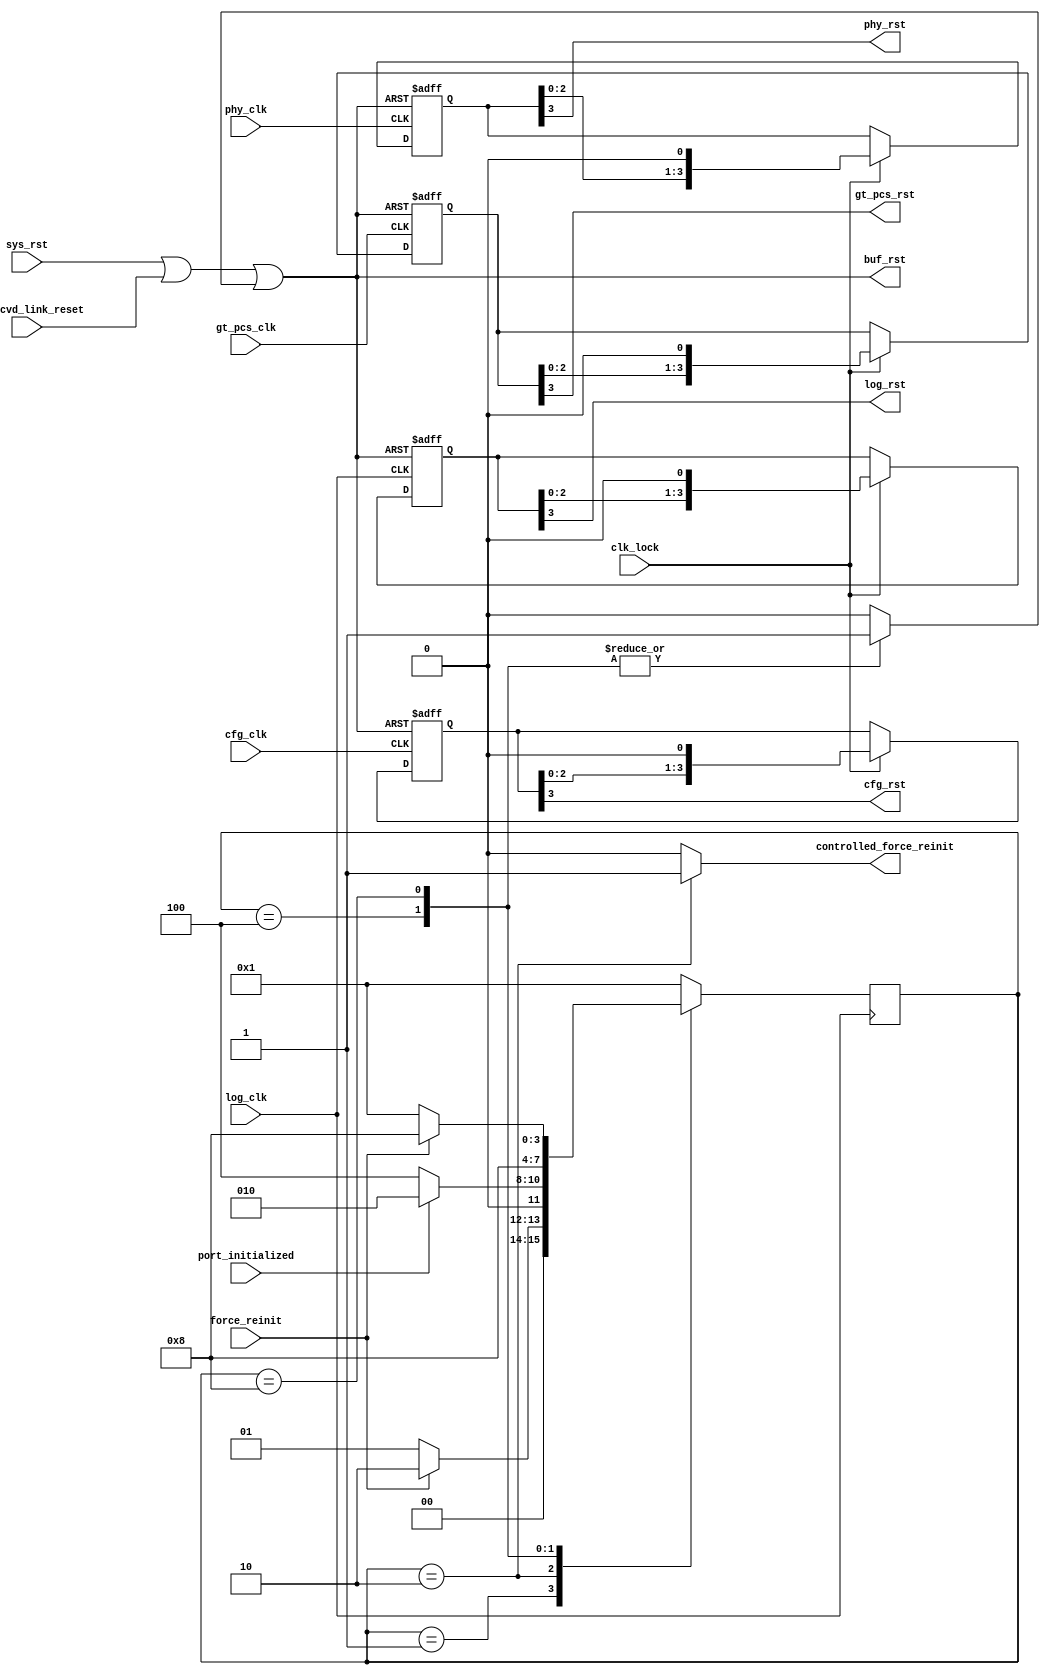
//
// (c) Copyright 2010 - 2014 Xilinx, Inc. All rights reserved.
//
//                                                                 
// This file contains confidential and proprietary information
// of Xilinx, Inc. and is protected under U.S. and
// international copyright and other intellectual property
// laws.
// 
// DISCLAIMER
// This disclaimer is not a license and does not grant any
// rights to the materials distributed herewith. Except as
// otherwise provided in a valid license issued to you by
// Xilinx, and to the maximum extent permitted by applicable
// law: (1) THESE MATERIALS ARE MADE AVAILABLE "AS IS" AND
// WITH ALL FAULTS, AND XILINX HEREBY DISCLAIMS ALL WARRANTIES
// AND CONDITIONS, EXPRESS, IMPLIED, OR STATUTORY, INCLUDING
// BUT NOT LIMITED TO WARRANTIES OF MERCHANTABILITY, NON-
// INFRINGEMENT, OR FITNESS FOR ANY PARTICULAR PURPOSE; and
// (2) Xilinx shall not be liable (whether in contract or tort,
// including negligence, or under any other theory of
// liability) for any loss or damage of any kind or nature
// related to, arising under or in connection with these
// materials, including for any direct, or any indirect,
// special, incidental, or consequential loss or damage
// (including loss of data, profits, goodwill, or any type of
// loss or damage suffered as a result of any action brought
// by a third party) even if such damage or loss was
// reasonably foreseeable or Xilinx had been advised of the
// possibility of the same.
// 
// CRITICAL APPLICATIONS
// Xilinx products are not designed or intended to be fail-
// safe, or for use in any application requiring fail-safe
// performance, such as life-support or safety devices or
// systems, Class III medical devices, nuclear facilities,
// applications related to the deployment of airbags, or any
// other applications that could lead to death, personal
// injury, or severe property or environmental damage
// (individually and collectively, "Critical
// Applications"). Customer assumes the sole risk and
// liability of any use of Xilinx products in Critical
// Applications, subject only to applicable laws and
// regulations governing limitations on product liability.
// 
// THIS COPYRIGHT NOTICE AND DISCLAIMER MUST BE RETAINED AS
// 	PART OF THIS FILE AT ALL TIMES.                                
`timescale 1ps/1ps

module srio_gen2_0_srio_rst
   (
    input            cfg_clk,                 // CFG interface clock
    input            log_clk,                 // LOG interface clock
    input            phy_clk,                 // PHY interface clock
    input            gt_pcs_clk,              // GT Fabric interface clock

    input            sys_rst,                 // Global reset signal
    input            port_initialized,        // Port is intialized
    input            phy_rcvd_link_reset,     // Received 4 consecutive reset symbols
    input            force_reinit,            // Force reinitialization
    input            clk_lock,                // Indicates the MMCM has achieved a stable clock

    output reg       controlled_force_reinit, // Force reinitialization

    output           cfg_rst,                 // CFG dedicated reset
    output           log_rst,                 // LOG dedicated reset
    output           buf_rst,                 // BUF dedicated reset
    output           phy_rst,                 // PHY dedicated reset
    output           gt_pcs_rst               // GT dedicated reset
   );


  // {{{ Parameter declarations -----------
  // Reset State Machine
  localparam  IDLE       = 4'b0001;
  localparam  LINKRESET  = 4'b0010;
  localparam  PHY_RESET1 = 4'b0100;
  localparam  PHY_RESET2 = 4'b1000;

  // }}} End Parameter declarations -------
  
  wire sys_rst_buffered;


  // {{{ wire declarations ----------------
  reg   [0:3]   reset_state      = IDLE;
  reg   [0:3]   reset_next_state = IDLE;

 (* ASYNC_REG = "TRUE" *)
  reg  [3:0]        cfg_rst_srl;
 (* ASYNC_REG = "TRUE" *)
  reg  [3:0]        log_rst_srl;
 (* ASYNC_REG = "TRUE" *)
  reg  [3:0]        phy_rst_srl;
 (* ASYNC_REG = "TRUE" *)
  reg  [3:0]        gt_pcs_rst_srl;

  reg               sys_rst_int;
  wire              reset_condition = sys_rst || phy_rcvd_link_reset || sys_rst_int;

  // }}} End wire declarations ------------



  assign cfg_rst = cfg_rst_srl[3];
  always @(posedge cfg_clk or posedge reset_condition) begin
    if (reset_condition) begin
      cfg_rst_srl <= 4'b1111;
    end else if (clk_lock) begin
      cfg_rst_srl <= {cfg_rst_srl[2:0], 1'b0};
    end
  end


  assign log_rst = log_rst_srl[3];
  always @(posedge log_clk or posedge reset_condition) begin
    if (reset_condition) begin
      log_rst_srl <= 4'b1111;
    end else if (clk_lock) begin
      log_rst_srl <= {log_rst_srl[2:0], 1'b0};
    end
  end


  // The Buffer actively manages the reset due to the
  // nature of the domain crossing being done in the buffer.
  assign buf_rst = reset_condition;


  assign phy_rst = phy_rst_srl[3];
  always @(posedge phy_clk or posedge reset_condition) begin
    if (reset_condition) begin
      phy_rst_srl <= 4'b1111;
    end else if (clk_lock) begin
      phy_rst_srl <= {phy_rst_srl[2:0], 1'b0};
    end
  end


  assign gt_pcs_rst = gt_pcs_rst_srl[3];
  always @(posedge gt_pcs_clk or posedge reset_condition) begin
    if (reset_condition) begin
      gt_pcs_rst_srl <= 4'b1111;
    end else if (clk_lock) begin
      gt_pcs_rst_srl <= {gt_pcs_rst_srl[2:0], 1'b0};
    end
  end



  // This controller is used to properly send link reset requests that were
  // made by the user.
  always@(posedge log_clk) begin
    reset_state <= reset_next_state;
  end


  always @* begin
    casex (reset_state)

      IDLE: begin
        // Current State Outputs
        sys_rst_int             = 1'b0;
        controlled_force_reinit = 1'b0;
        // Next State Outputs
        if (force_reinit)
          reset_next_state = LINKRESET;
        else
          reset_next_state = IDLE;
      end

      LINKRESET: begin
        // Current State Outputs
        sys_rst_int             = 1'b0;
        controlled_force_reinit = 1'b1;
        // Next State Outputs
        if (~port_initialized)
          reset_next_state = PHY_RESET1;
        else
          reset_next_state = LINKRESET;
      end

      PHY_RESET1: begin
        // Current State Outputs
        sys_rst_int             = 1'b1;
        controlled_force_reinit = 1'b0;
        // Next State Outputs
        reset_next_state = PHY_RESET2;
      end

      PHY_RESET2: begin
        // Current State Outputs
        sys_rst_int             = 1'b1;
        controlled_force_reinit = 1'b0;
        // Next State Outputs
        if (force_reinit)
          reset_next_state = PHY_RESET2;
        else
          reset_next_state = IDLE;
      end

      default: begin
        // Current State Outputs
        sys_rst_int             = 1'b0;
        controlled_force_reinit = 1'b0;
        // Next State Outputs
        reset_next_state = IDLE;
      end

    endcase
  end



endmodule
// {{{ DISCLAIMER OF LIABILITY
// -----------------------------------------------------------------
// (c) Copyright 2014 Xilinx, Inc. All rights reserved.
//
// This file contains confidential and proprietary information
// of Xilinx, Inc. and is protected under U.S. and
// international copyright and other intellectual property
// laws.
//
// DISCLAIMER
// This disclaimer is not a license and does not grant any
// rights to the materials distributed herewith. Except as
// otherwise provided in a valid license issued to you by
// Xilinx, and to the maximum extent permitted by applicable
// law: (1) THESE MATERIALS ARE MADE AVAILABLE "AS IS" AND
// WITH ALL FAULTS, AND XILINX HEREBY DISCLAIMS ALL WARRANTIES
// AND CONDITIONS, EXPRESS, IMPLIED, OR STATUTORY, INCLUDING
// BUT NOT LIMITED TO WARRANTIES OF MERCHANTABILITY, NON-
// INFRINGEMENT, OR FITNESS FOR ANY PARTICULAR PURPOSE; and
// (2) Xilinx shall not be liable (whether in contract or tort,
// including negligence, or under any other theory of
// liability) for any loss or damage of any kind or nature
// related to, arising under or in connection with these
// materials, including for any direct, or any indirect,
// special, incidental, or consequential loss or damage
// (including loss of data, profits, goodwill, or any type of
// loss or damage suffered as a result of any action brought
// by a third party) even if such damage or loss was
// reasonably foreseeable or Xilinx had been advised of the
// possibility of the same.
//
// CRITICAL APPLICATIONS
// Xilinx products are not designed or intended to be fail-
// safe, or for use in any application requiring fail-safe
// performance, such as life-support or safety devices or
// systems, Class III medical devices, nuclear facilities,
// applications related to the deployment of airbags, or any
// other applications that could lead to death, personal
// injury, or severe property or environmental damage
// (individually and collectively, "Critical
// Applications"). Customer assumes the sole risk and
// liability of any use of Xilinx products in Critical
// Applications, subject only to applicable laws and
// regulations governing limitations on product liability.
//
// THIS COPYRIGHT NOTICE AND DISCLAIMER MUST BE RETAINED AS
// PART OF THIS FILE AT ALL TIMES.
// }}}